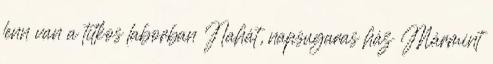
lenn van a titkos laborban Nahát, napsugaras ház Mármint